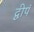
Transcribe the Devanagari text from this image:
द्वीपं